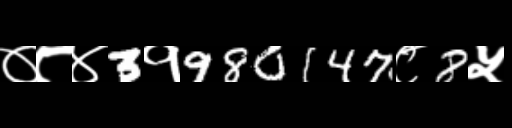
Text: ०८४3१980147८8५